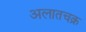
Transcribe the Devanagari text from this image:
अलातचक्र